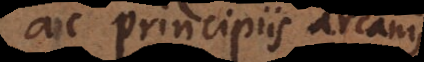
ac principiis arcanis